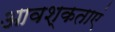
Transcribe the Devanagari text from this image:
आवश्कताएं